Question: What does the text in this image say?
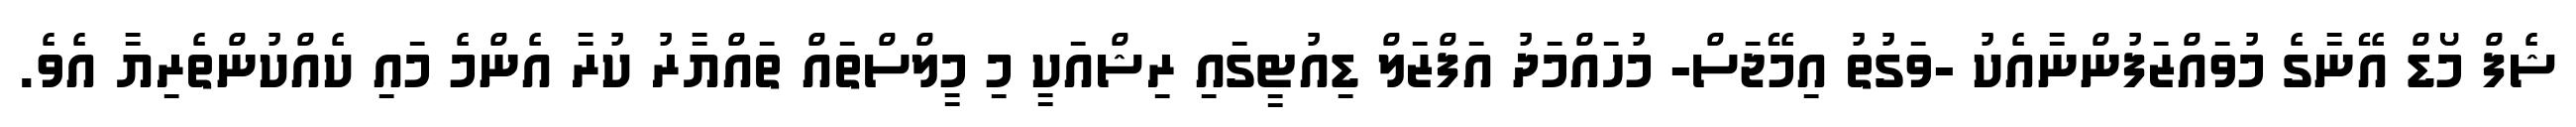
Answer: ޝެފް މޯޑް އޭނާގެ މުވައްޒަފުންނާއެކު -ވަގުތު އިމޭޖަސް- މުހައްމަދު އަފްޒަލް ޑިއުޓީގައި ރިޝްއަކީ މި މީލްސްތައް ތައްޔާރު ކުރާ އެންމެ މައި ކެއްކުންތެރިޔާ އެވެ.